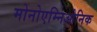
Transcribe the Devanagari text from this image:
मोनोएम्निओनिक